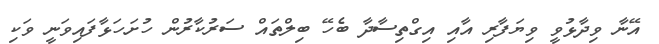
އޭނާ ވިދާޅުވީ ވިޔަފާރި އާއި އިގްތިސާދާ ބެހޭ ބިލްތައް ސަރުކާރުން ހުށަހަޅާފައިވަނީ ވަކި